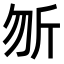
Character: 𭅉